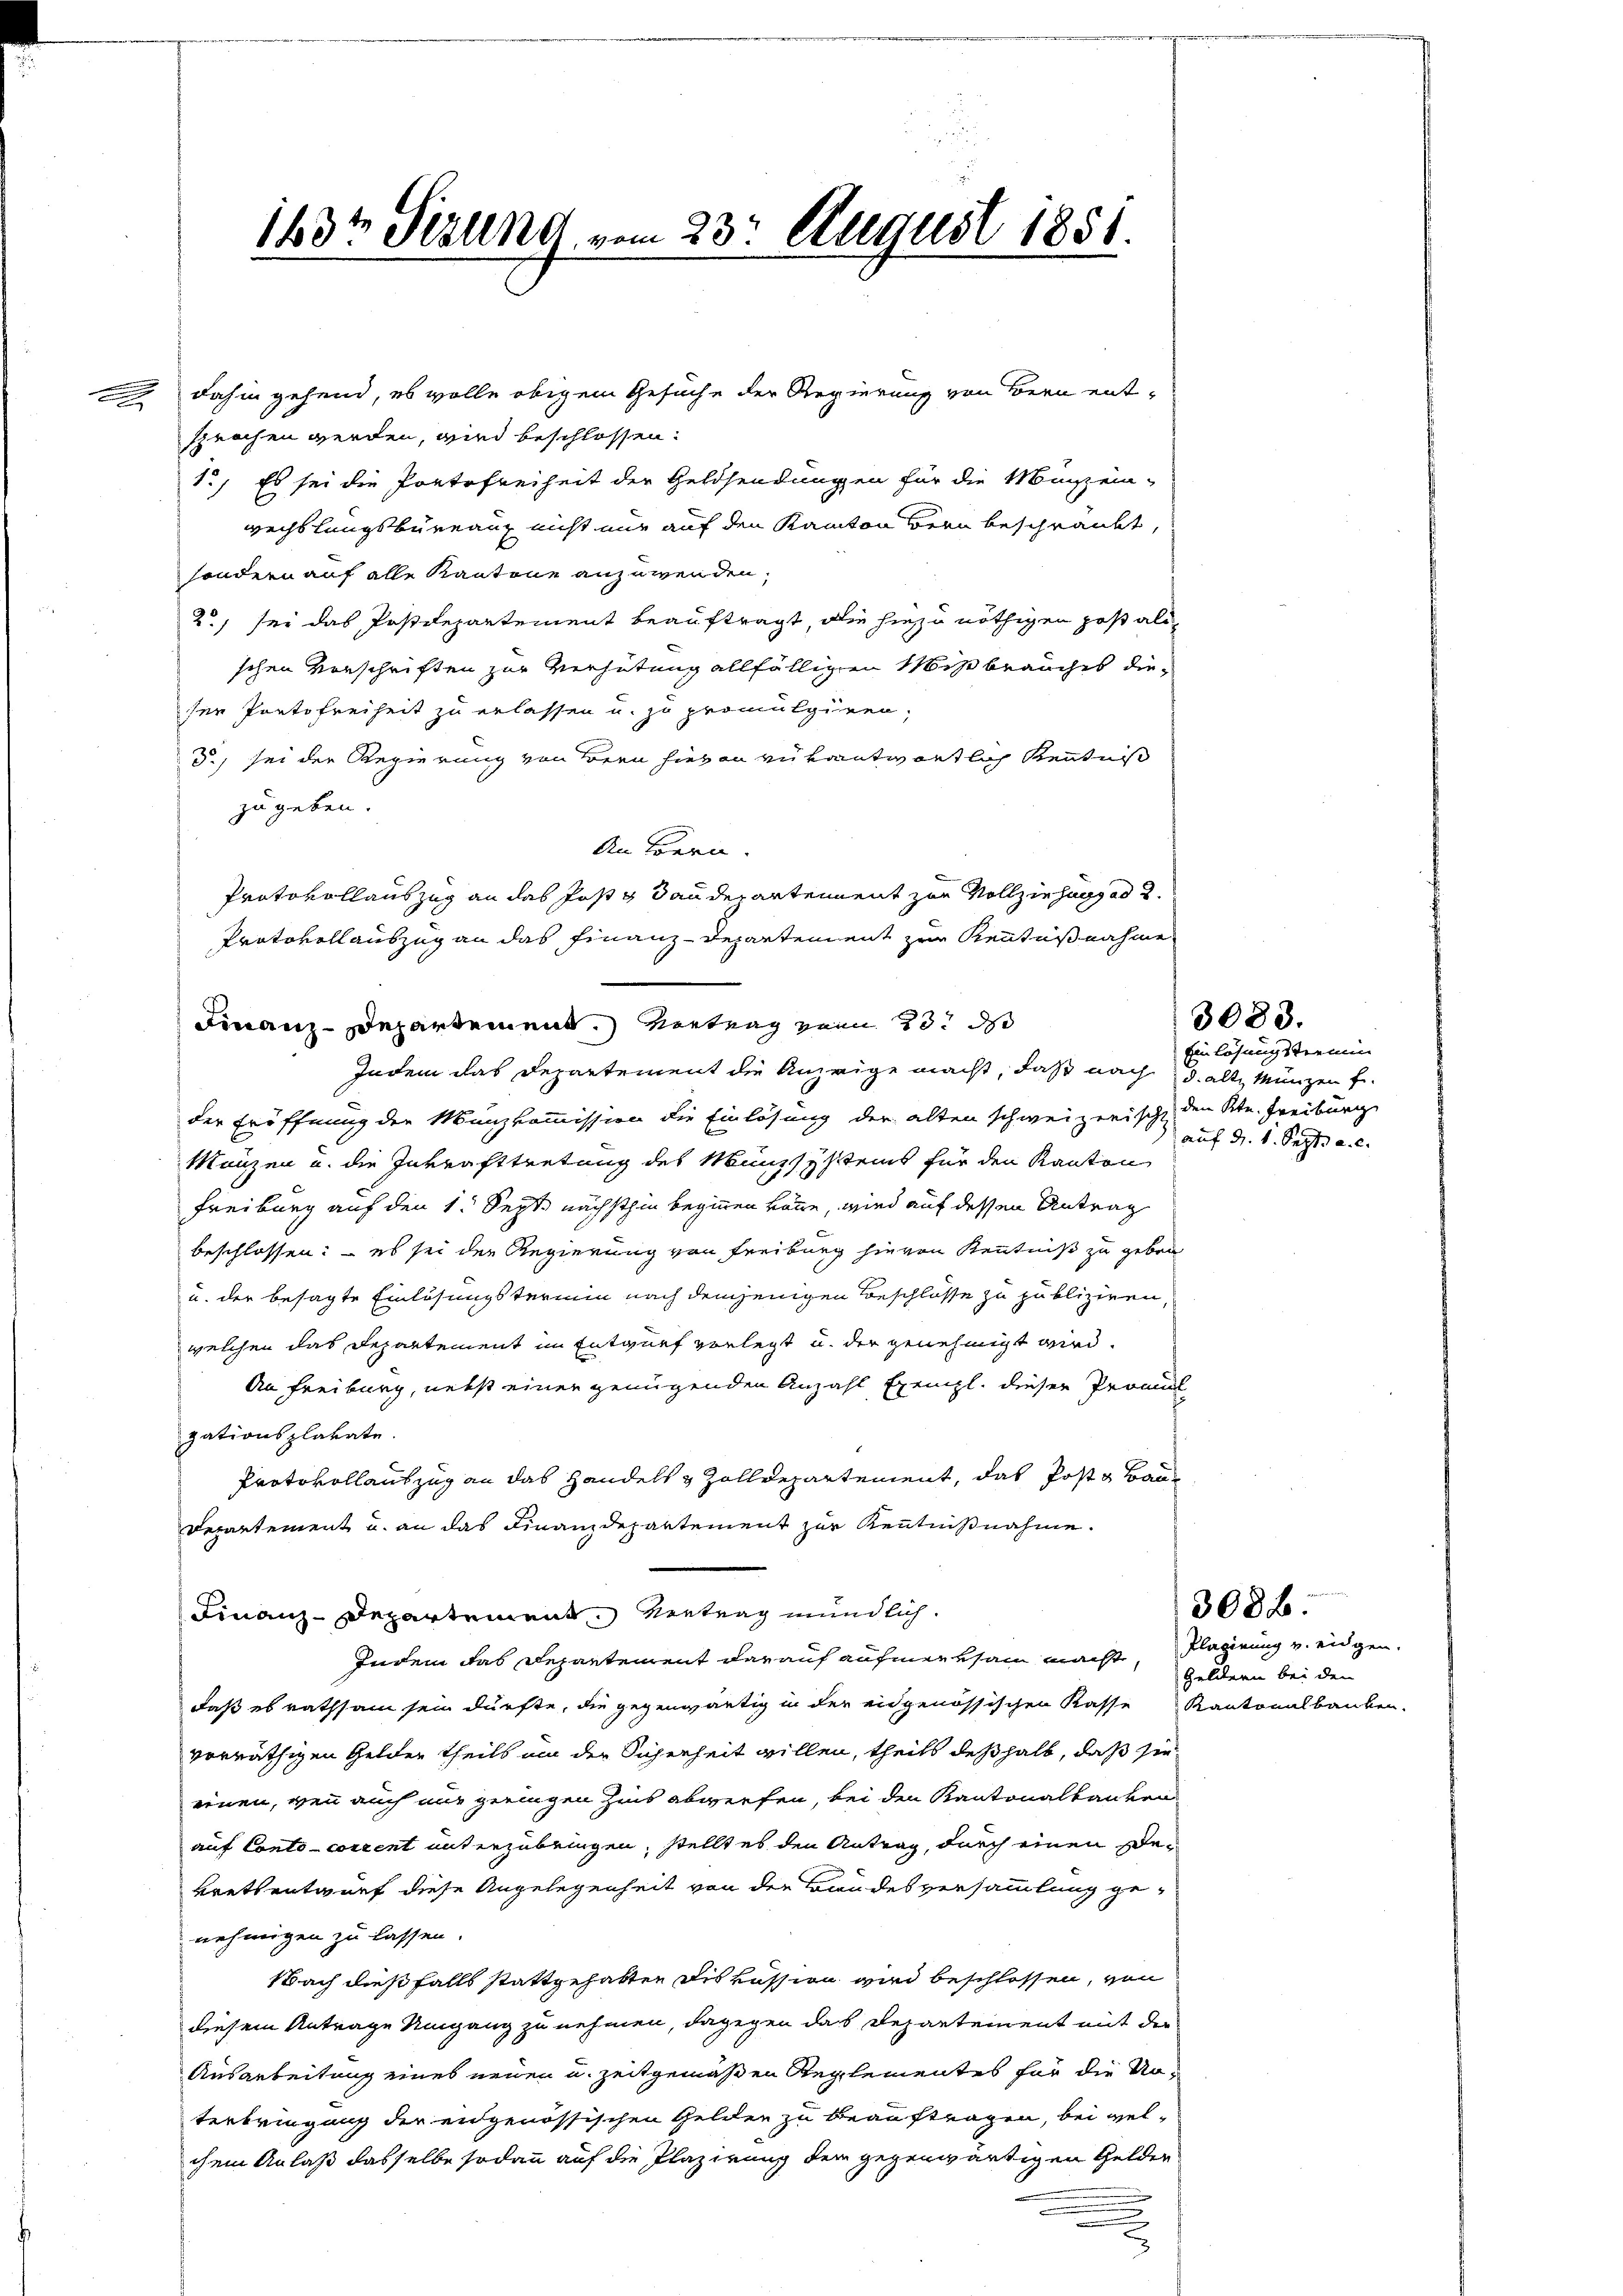
x

2 dahin gehend, es wolle obigem Gesuche der Regierung von Bern entsprochen werden, wird beschlossen:
1., Es sei die Portofreiheit der Geldsendungen für die Musein-
wechslungsbureau nicht nur auf den Kanton Bern beschränkt,
sondern auf alle Kantone anzuwenden.
2) sei das Postdepartement beauftragt, die hiezu nöthigen post alischen Vorschriften zur Verhütung allfälligen Mißbrauches dieser Portofreiheit zu erlassen u. zu promulgiren,
d. sei der Regierung von Bern hievon zu kantwortlich Kenntniß
zu geben.
An Bern.
Protokollauszug an das Post & Sanderarteient zur Vollziehung ad 2.
Protokollauszug an das Finanz-Departement zur Kenntnißnahme
Indem das Departement die Anzeige macht, daß nach d. alte Münzen f.
der Eröffnung der Manzkommission die Einlösung der alten schweizerische den Ktn. Freiburg
Manzen u. die Inkrafttretung des Münzsystems für den Kanton
Freiburg auf den 1. Sept. nächsthin beginnen könne, wird auf dessen Antrag
beschlossen: – es sei der Regierung von Freiburg hievon Kenntniß zu geben
u. der besagte Einlösungstermin nach demjenigen Beschlosse zu publiziren,
welchen das Departement im Entwurf vorlegt u. der genehmigt wird.
An Freiburg, nebst einer genügenden Anzahl Exempl. dieser Promul
gationsplakate.
Protokollauszug an das Handels & Zolldepartement, das Posts Bau
Departement u. an das Finanzdepartement zur Kenntnißnahme.
Finanz-Departement. Vertrag mündlich.
Indem das Departement darauf aufmerksam macht, Flagirung v. eidgen.
daß es rathsam sein dürfte, die gegenwärtig in der eidgenössischen Kasse Kantonalbauben.
vorräthigen Gelder theils um der Sicherheit willen, theils deßhalb, daß sie
einen, wenn auch nur geringen Zins abwerfen, bei den Kantonalbanken
auf Conto-corrent unterzubringen, stellt es den Antrag, durch einen Bekretsentwurf diese Angelegenheit von der Bandesversammlung ge-
nehmigen zu lassen.
Nach dießfalls stattgehalten Diskussion wird beschlossen, von
diesem Antrage Umgang zu nehmen, dagegen das Departement mit der
Ausarbeitung eines neuen u. zeitgemäßen Reglementes für die Noterbringung der eidgenössischen Gelden zu beauftragen, bei welchem Anlaß dasselbe sodann auf die Plazirung der gegenwärtigen Gelden

1437 Perung vom 23. August 1851.

Finanz-Departement. Vertrag von 23. d

Einlösung stermin
auf d. 1. Sept. a. c.

3083.

3088.

Geldern bei den